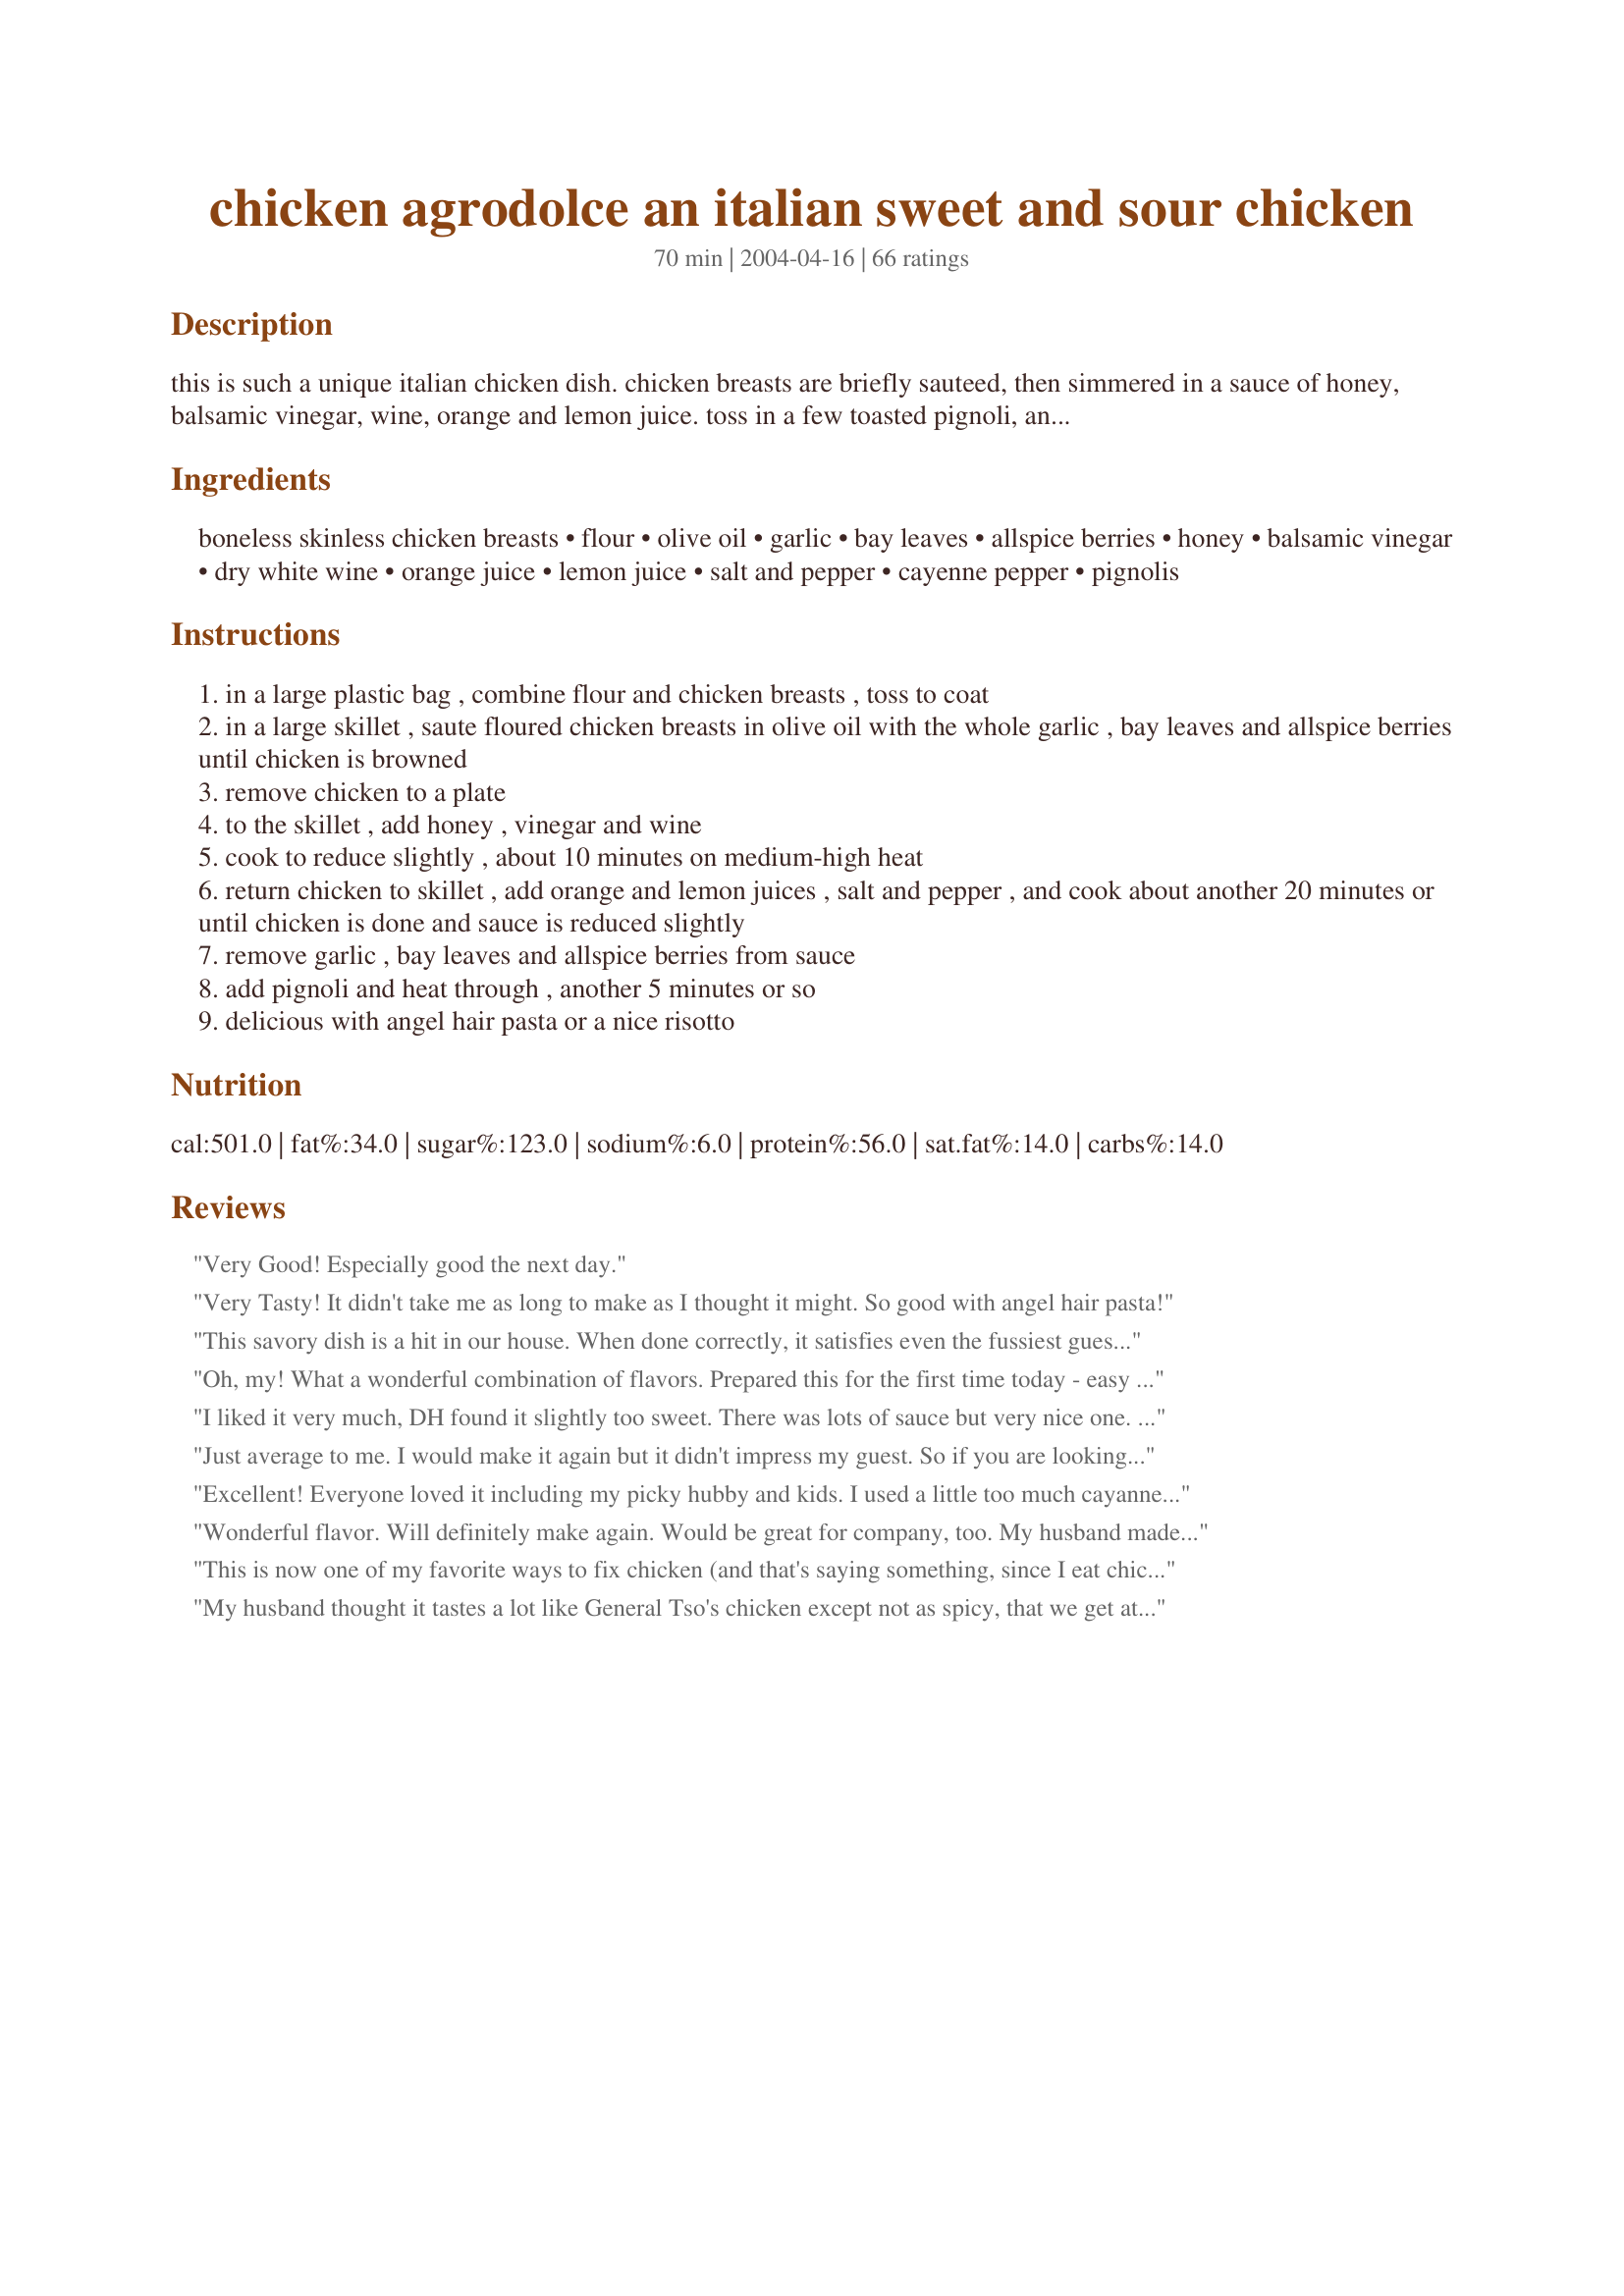
chicken agrodolce an italian sweet and sour chicken
Preparation time: 70 minutes

this is such a unique italian chicken dish. chicken breasts are briefly sauteed, then simmered in a sauce of honey, balsamic vinegar, wine, orange and lemon juice. toss in a few toasted pignoli, and you've got a quick and delicious dinner with risotto or cappellini.

Ingredients:
boneless skinless chicken breasts, flour, olive oil, garlic, bay leaves, allspice berries, honey, balsamic vinegar, dry white wine, orange juice, lemon juice, salt and pepper, cayenne pepper, pignolis

Steps:
in a large plastic bag , combine flour and chicken breasts , toss to coat
in a large skillet , saute floured chicken breasts in olive oil with the whole garlic , bay leaves and allspice berries until chicken is browned
remove chicken to a plate
to the skillet , add honey , vinegar and wine
cook to reduce slightly , about 10 minutes on medium-high heat
return chicken to skillet , add orange and lemon juices , salt and pepper , and cook about another 20 minutes or until chicken is done and sauce is reduced slightly
remove garlic , bay leaves and allspice berries from sauce
add pignoli and heat through , another 5 minutes or so
delicious with angel hair pasta or a nice risotto

Reviews:
Very Good! Especially good the next day.
Very Tasty! It didn't take me as long to make as I thought it might. So good with angel hair pasta!
This savory dish is a hit in our house. When done correctly, it satisfies even the fussiest guest. In fact, it's so good that I usually double the amount of sauce for the chicken. Brava!
Oh, my! What a wonderful combination of flavors. Prepared this for the first time today - easy directions to follow and it tastes wonderful. I did not have any garlic so I used 1/2 tsp of onion powder instead. I will definitely serve this again. Thank you for sharing this recipe. We loved it. Can you tell?
I liked it very much, DH found it slightly too sweet. There was lots of sauce but very nice one. Served it with white rice so the taste of sauce and meat would be enhanced.
Just average to me. I would make it again but it didn't impress my guest. So if you are looking for resturant quality this isn't it. Sorry.
Excellent! Everyone loved it including my picky hubby and kids. I used a little too much cayanne so I will cut back next time. Also served it with plain orzo. Neighbor asked me for the recipe!
Wonderful flavor. Will definitely make again. Would be great for company, too. My husband made a sandwich with the chicken, sauce, and some salad on a french bread roll. A real sandwich guys, he asked me to cut the chicken in strips before cooking to make the sandwiches easier to make. Thank you!
This is now one of my favorite ways to fix chicken (and that's saying something, since I eat chicken so often)! I cut down on the cayenne, though--too hot for me...Thanks for sharing such a wonderful recipe!
My husband thought it tastes a lot like General Tso's chicken except not as spicy, that we get at the Chinese restaurant and he loves. We both liked it, but be careful not to cook the sauce too long, or you will end up with spicy syrup.
I enjoyed the sauce, a little different but pretty good. My kids did not like it at all, so I will not be able to make it again. I found the directions a little difficult to follow and keep from burning/scalding the dish. Contrary to what the other reviews indicate, there was not a ton of sauce and it did not "wait" well; my boyfriend is watching the debate and his dinner is looking quite congealed. It did not live up to the reviews.
Loved it and so different! Made it exactly as written except for pignoli, but didn't miss them! Thanks for a great recipe!
This was absolutely awesome! When I added the vinegar, it smelled REALLY vinegary, but it tasted good...the final product was out of this world though! If you're afraid that the chicken will dry out, then I'd brown it on both sides at first, then remove from the pan, cut it up into pieces then follow the directions as normal. This way the chicken is perfect! Thanks for this recipe!
I enjoyed this a lot. It was a bit of a last minute dish for me, so I had to omit and add things as available: e.g. used granulated garlic in the flour instead of whole garlic in the oil; put ground allspice and cayenne in oil with bay leaves and left out the orange and lemon juices. I have an outstanding heavy saute pan, so the spices didn't burn (at least not that I or my household noticed). The uniqueness of this dish was such a nice pleasure/compliment to the roasted tomato salad (#63172) I had already planned to make that night. 
Sometimes you get tired of Italian *always* having to mean basil, oregano, marjoram, etc., etc. Thanks EdsGirlAngie!
I can't believe we have been making this for a while and I forgot to review it... I'm so sorry. I just loved this! We are moving soon by my MIL and I would love to cook this for her! This dish has such a different flavor and cooks very easily. This is another staple in our recipe collection. BTW, I found pine nuts to be very cheap at Costco instead of buying them for $7-$8 at a grocery chain. Lovely dish, Thanks!
My husband and I loved this! We added broccoli, sliced baby carrots, and bell peppers. The sauce soaked into the veggies and made them delectable! I doubled up the sauce so I had enough to cover the chicken and the veggies. I also used apple juice instead of the dry white wine. Yum!
Loved it!!! 
I am passing on to all the Italian in laws!!!
My boyfriend and I loved this recipe! I was looking for a new way to make chicken and this was superb. The only problem was that simmering the sauce for 10 minutes in step 4 was too long on my stove and it burned so I had to start a new batch with the basil, vinegar, honey and garlic and added the chicken and rest of ingredients after 5 monutes. I didn't use the pine nuts but served it with broccoli and brown rice which was perfect!
This was fantastic!! The sweet and sour combo is perfect. My 2 year old who subsists on pastina gobbled down a whole cutlet. Believe me, that is saying something. Thank you!!
Used this recipe as inspiration. Replaced flour with potato flakes due to an allergy of grains. Left out the bay leaves and allspice as well because we did not have any. Also no white wine. The flavor was great anyway! We did add a big of dried minced onion and used powdered garlic to taste. No pine nuts for us.

A great sweet and sour, our new favorite! It's defintely better than the chinese sweet and sour types. The balsamic and honey are the key!
I wouldn't exactly call this a "quick" meal, but it's definitely worth the time. Next time, I will increase the sauce (there was not enough to adequately coat the angel hair pasta that I made to accompany it. I will also slice the chicken rather than cook the breasts whole so that it will cook faster and so I can toss the chicken in with the angel hair pasta.
This is a tasty recipe, I added lots of veggies, red peppers, onions, boc choi to round out this dish. Very good.
We weren't crazy about this dish. It was time consuming and dirtied a lot of dishes. The flavor was ok... but nothing to write home about. I served it with fresh steamed asparagus and medium grain white rice. I also doubled the sauce so we'd have extra for our rice.
amazing!
I thought this was a very good flavor combination. I went a little heavy on the cayenne and found myself adding more orange juice to cut the heat and thin the sauce (it seemed to get too thick before chicken was cooked). I enjoyed this dish and will make it again.
Delicious! My BF and I both thought this excellent. Followed the recipe exactly thanks to nice, clear instructions. Be sure not to skimp on the pine nuts, as they really add something special to this dish.
will make again and again
but hold back a tad on the balsamic.
a winner at our house !!
I was leerie about this when I saw the mixture of ingrediants but My family has decided this is the number one chicken recipe for us!! The taste was phenominal and the ease in preperation was great. I cooked it all in my electric fry pan, (controlled heat and easy clean up!) I served mine over fried pierogies using the sauce as a gravy. If you make this once you will make it 100 times!!
Sorry, I didn't like this recipe.
I don't know what I did wrong but it turned out too sweet, too sour, too thick etc. i would prefer more delicate taste. Thank you!
The sauce on this is amazing. I had no honey on hand, so I used corn syrop, which tasted fine. DH says the chicken is tender, like me, just how he likes it! Easy to make, and definately going to be a staple around here, and not just for company!
I just made this dish for the first time for my inlaws and got rave reviews! It sounded interesting and I had most of the ingredients already so I gave it a try. The only thing I did differently was that I used a little lemon zest as well to kick it up. I took the advice of others and doubled the sauce and was so glad I did! I served it over angel hair, but I could picture it with just about anything. If you're in the mood for traditional Italian then keep looking, however, it you want an awesome new staple in your book....give this a try.
My husband raves about this. I never have allspice berries, so I use a pinch of gound allspice when I make it
I had to write a review about this recipe. I have been really disappointed in the 5 star recipes I've been making recently, but this one broke the mold. It is EXCELLENT! Tangy, sweet, with the right amount of heat. We followed the recipe exactly, except we had 5 boneless skinless chicken breasts, so we doubled the rest of the ingredients (except the lemon and orange juice were just increased 1.5 times). We will be making this again! I already emailed it to my mom and sister.
Great sweet and sour dish. I left out the pine nuts and was told I had lemon juice and didn't. All in all its a tasty dish
Only change I made was to substitute Golden Sherry for the white wine (I hate white wine, and didn't have any idea what to do with the rest of the bottle).
I loved it, and my status with my new GF went way up to genius level in the kitchen :-)
I like sweet and sour together but was looking for a taste that is more complex than Chinese sweet& sour. It took a little time to prepare it but this is the sweet&sour of my dreams. Thanks for sharing.
My husband loves sweet and sour, so I tried this recipe. He loved it. I put fresh ground allspice, as I coulndn't get the berries. I also used honey with white truffles instead of plain honey. Will definetly make again.
Very good! Wish I'd made more sauce.
Delicious! 
I used I whole chicken (cut up) instead of chicken breast, and finish it up in the oven to keep the skin crispy. We all loved it.
Thank you for posting such a great recipe.
wow, wow, wow... I was looking for a sweet chicken recipe that didn't have sugar in it... This one is amazing!!
I served it with the garlic; my husband is garlic crazy, and he loved it- this was a big hit!
thanks e.g.a
Delicious!!
Amazing! I didn't have nearly enough honey, but it still turned out great. The flavor is really complex and unusual--very tasty.
It was different flavor not in our current home cooked meal set, but most member of my family loved it! A bit of an aquired taste for some kids. The chicken came out tender and moist. I thought there were too much sauce, but we couldn't get enough of it during the meal. It went real well with parmesean risotto. We will have this dish again.
My husband and I both liked this recipe very much and thought it would be a very good company dish.
Although it is quite different, we felt it would be generally enjoyed by most people due to the sweet edge to the taste. I made it ahead of time and it waited beautifully. I like dishes that can be made ahead so that the kitchen is clean and I can enjoy my company.
This was great! Interesting spice blend that gave the sweet and sour sauce a more complex edge. Everybody at the table gave it a thumbs up :o)
This recipe was terrific in taste and in preparation. I served this over angel hair pasta and accompanied it by a salad made up of green/orange/red peppers, cucumbers, tomatoes, and romaine lettuce. This went over really well with the fam and the leftovers were delicious as well. Only negative thing was the chicken breast was a little dry when cooked for the last 15 minutes. Maybe 5-10 would have been sufficient.
This was simple, fast and fantastic. Everyone loved it from the 6 year old to the 60 year old. We served it with thin spaghetti and it got rave reviews from everyone. YUM!
My husband made this last night and it was probably one of the best meals. I didn't have allspice berries so I used two pinches of ground allspice and I used organic chicken. So wonderful.
this was pretty popular with the family although not exactly to my liking as i'm more a fan of spicy than sweet but when my 5 yr old cleared her plate i knew this recipe was a keeper. thanks
We made this chicken for dinner and it was totally outstanding, I loved the sauce. It had such a great flavor and went well over angel hair pasta, thank you for sharing
I have made this several times and each time I'm astonished at how people react to it...wonderful and elegant presentation, though I have also made it in smaller bite sized pieces for buffet fare... Thanks for the post EdsGirl!
This was very tasty---made a few changes---I used bone-in chicken breasts, which take longer to cook so I never did remove them from the pan. I used ground allspice and extra orange juice. After all ingredients were in the pan, I put the lid on and let it simmer for about 30 min. I will be making this one again...sauce was very good.
I usually try to stay away from recipes that use so many ingredients (my preschoolers take up all of the time I used to spend on cooking!) but it was very delicious and everyone asked me to make it again. Thanks for posting!
i loved this recipe. i served it over angel hair pasta. i stored the leftover chicken with the pasta and reheated, it tasted even better!!! it was a very light, yet satisfying dish! i will definitely make it again!
We love this! The blend of sweet, sour and a hint of heat are perfect! This is going in my "favorite recipe" file as I know we will have it again and again.
Yummmmmy, we thought this was delicious. I love the flavor of lemon with chicken and it definately had it. My four kids all asked me to make this dish again. I will put this in my "cooking on a regular basis" cookbook. Thank you so much for elegant yet easy recipe!
I was making a holiday meal at the end of a month of Jewish holidays and festive meals ... by this time, people are really chicken-ed out on the standard fare, so I was looking for something different ... this was it, and it was phenomenal! 

Unfortunately, because I was not familiar with this recipe and was making it for the first time the very day we we were going to eat it, I needed to make enough for 15 people and had to repeat these steps 4 times (I did make a slight modification so that I made 4 in one swoop rather than 3). 

It seemed labor intensive, but that's probably because I made so many batches. When adding the honey, vinegar and wine to the skillet, I added honey after I'd added either the vinegar or the wine.

This is definitely a keeper. It's not a regular weeknight recipe by any means, but for special occasions -- this one will have people talking for days!
I thought that this was a great recipe. I have a large family and everyone from 2-18 loved it. Definately going to make again.We had this for a weeknight dinner but I look forward to making it for company. I didn't have berries so I used a bit of ground allspice.
This was super tasty! Was a little apprehensive about the mixture for the sauce but it turned out sooo good. My husband and his friend are big eaters and there weren't any left overs at all! Couldn't find any parmesan risotto so I made plain risotto with red onion and topped the chicken and the rice with parmesan cheese. Awesome!
This is a very tasty and easy to prepare chicken dish. I served it with a mushroom risotto and steamed broccoli and it was a fantastic meal. I think I'd up the sour flavor next time a bit because it was a little sweet...but that's a matter of taste. Definitely a repeater!
This recipe was simple and fairly quick, but it turned out great. The flavor was nice and the chicken did not have too much coating on it. I did add some green pepper but other than that I followed the recipe exactly. I served this on top of plain risotto. I am only giving four stars because I think five stars should reserved for recipes that are spectacular. This was very good though and I will make it again.
This is definitely a repeat dish...for me and my wife and daughters. We do 'random recipe Fridays' and this was my choice tonight. At first, I thought it might not be very sophisticated but, as it turns out, aside from two minor tweaks, this will definitely be part of our family cookbook. I found that, by adding some chopped onions after I removed the garlic, allspice and bay leaves, it infused the onions with the best flavors of the sauce and on the plate added texture and flavor to the dish. I also added fresh parsley when I added the pignolis, then melted a little pesto into the angel hair pasta before serving. Excellent!!!
This is on my 'go to' list now. Easier than it looks. I added the cayenne to the flour, used some lemon and orange zest and served it with roasted brussel sprouts. Wonderful.
This is really good… a little more work, though, than someone like me who is not overly fond of cooking likes to do, but I will definitely make this again because the flavor is well worth it. Before step 5 of returning the chicken to the skillet with the sauce mixture, I sliced the chicken into thin strips. I wanted the chicken strips to soak up as much of the flavorful sauce as they could during the final 25 minutes of cooking time. We were not disappointed. Delicious! Thanks for sharing this recipe.
So, perhaps with all of my substitutions, this doesn't really count as the same recipe, but it was still pretty good! :) I didn't have bay leaves, allspice (in any form), or pignolis so they all got completely cut. And I substituted apple juice for the white wine and orange marmalade for the orange juice. I would recommend cutting back on the honey a little bit if you substitute those, because they're sweeter than their counterparts. My husband didn't like the marmalade substitution because he said it tasted bitter; but I thought it was fine. Thanks!
I really liked this meal, DH wasn't thrilled. I found it to be unique and tasty. Thanks for sharing!
